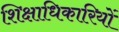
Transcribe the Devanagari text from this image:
शिक्षाधिकारियों